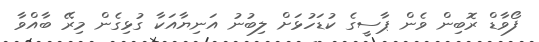
ފޯވާޑް ރޮބިން ވެން ޕާސީގެ ކުޑަހުޅަށް ލިބުނު އަނިޔާއަކާ ގުޅިގެން މިރޭ ބާއްވާ